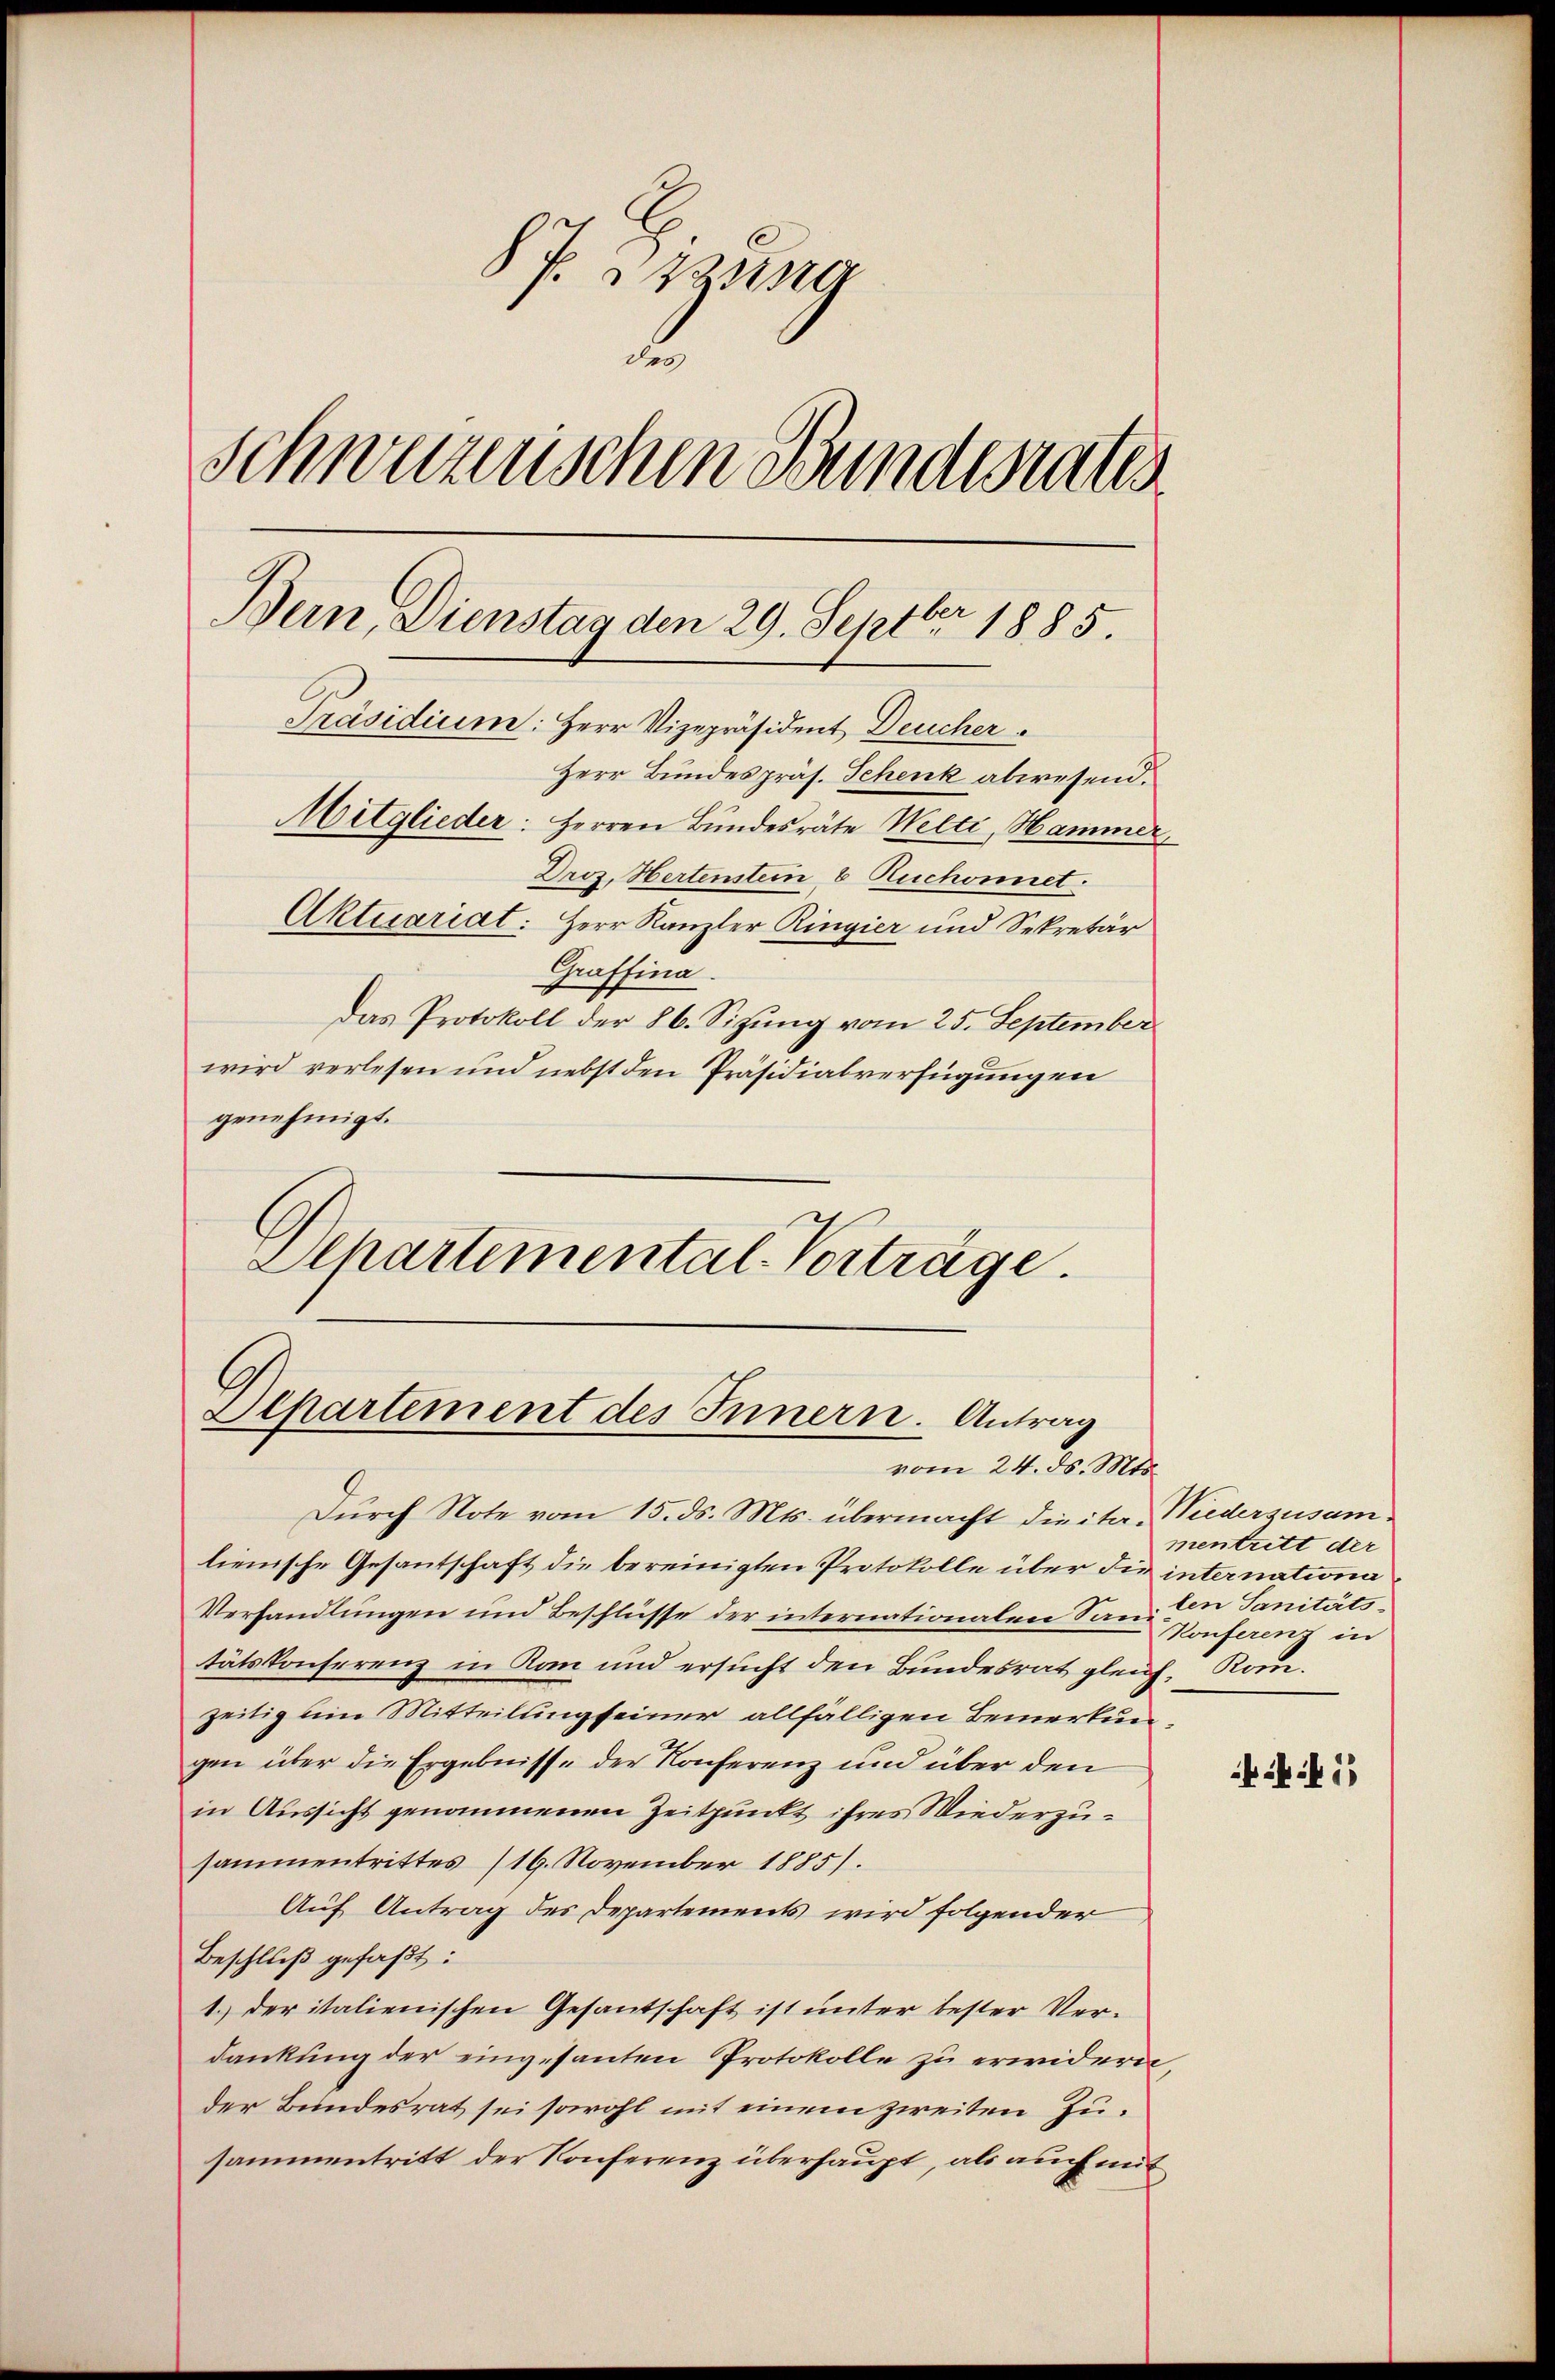
8 P. Sprung
d
Schweizerischen Bundesrates
Präsidium: Herr Vizepräsident Deucher.
Herr Bundespräs. Schenk abwesend.
Mitglieder: Herren Bundesräte Welti, Hammer,
Droz. Hertenstein 6 Ruchonnet.
Aktuariat: Herr Kanzler Ringier und Sekretär
Graffina
Das Protokoll der 86. Sizŭng vom 25. September
wird verlesen und nebst den Präsidialverfügungen
genehmigt.

Bern, Dienstag den 29. Septbr 1885.

Schartemental-Vorträge.

Separtement des Innern. Antrag
vom 24. ds. Mts.

lienische Gesantschaft die bereinigten Protokolle über die internationa
Verhandlungen und Beschlüsse der internationalen San. In Sanitätstätskonferenz in Kan und ersucht den Bundesrat gleich, Komzeitig ein Mitteilung seiner allfälligen Bemerkung
gen über die Ergebnisse der Konferenz und über den
in Aussicht genommenen Zeitpunkt ihres Wiederzusammentrittes (19. November 1885).
Auf Antrag des Departements wird folgender
Beschluß gefaßt:
1.) der italienischen Gesantschaft ist unter bester Verdankung der eingesanten Protokolle zu erwidern
der Bundesrat sei sowohl mit einem zweiten Jusammentritt der Konferenz überhaupt, als auch mit

Durch Note vom 15. ds. Mts. übermacht die ita Niederzusam¬

mentritt der
Konferenz in

kk